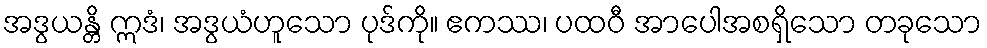
အဒွယန္တိ ဣဒံ၊ အဒွယံဟူသော ပုဒ်ကို။ ဧကဿ၊ ပထဝီ အာပေါအစရှိသော တခုသော